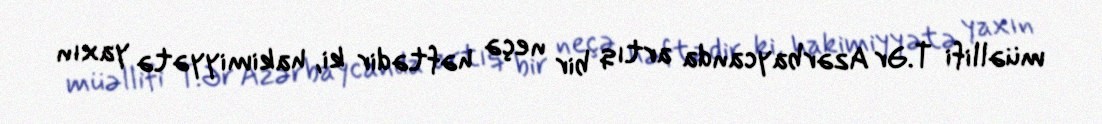
müəllifi T.Ər Azərbaycanda artıq bir neçə həftədir ki, hakimiyyətə yaxın